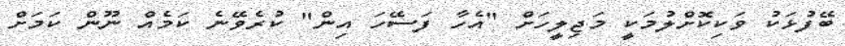
ބޭފުޅަކު ވަކިކޮށްލުމަކީ މަޖިލީހަށް "އެހާ ފަސޭހަ އިން" ކުރެވޭނެ ކަމެއް ނޫން ކަމަށް